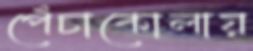
পেঁচাকোলায়